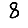
Digit: 8